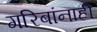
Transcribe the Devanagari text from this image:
गरिबांनाही